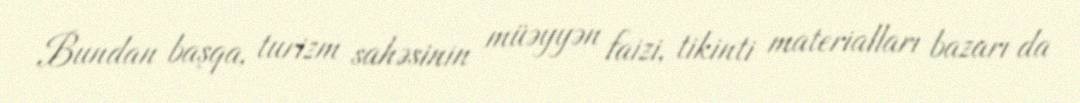
Bundan başqa, turizm sahəsinin müəyyən faizi, tikinti materialları bazarı da